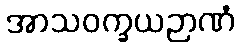
အာသဝက္ခယဉာဏံ